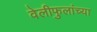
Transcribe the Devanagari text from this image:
वेलीफुलांच्या